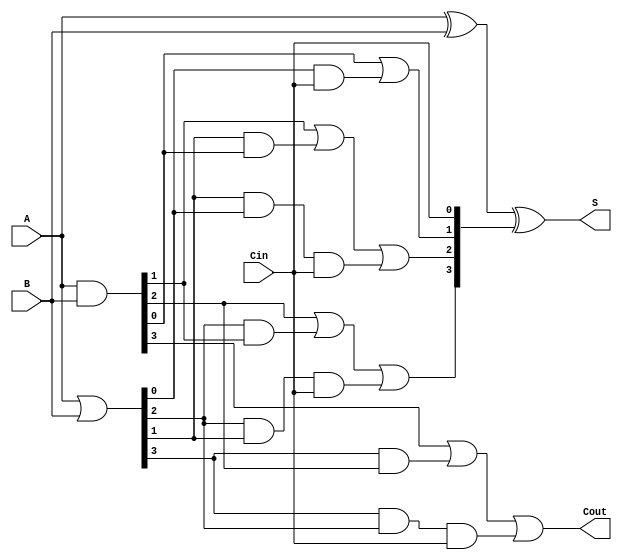
module CLA #(parameter n = 4) (
    input [n-1:0] A,      // n-bit input A
    input [n-1:0] B,      // n-bit input B
    input Cin,           // Carry-in
    output [n-1:0] S,    // n-bit Sum output
    output Cout          // Carry-out
);
  
    wire [n-1:0] G;      // Generate signals
    wire [n-1:0] P;      // Propagate signals
    wire [n:0] C;        // Carry signals (C[0] = Cin)

    // Generate and Propagate logic
    assign G = A & B;       // Generate: G[i] = A[i] AND B[i]
    assign P = A | B;       // Propagate: P[i] = A[i] OR B[i]

    // Carry signals computation
    assign C[0] = Cin;   // C[0] = Cin
    assign C[1] = G[0] | (P[0] & C[0]);  // C[1] = G[0] OR (P[0] AND C[0])
    
    genvar i;
    generate
        for (i = 1; i < n; i = i + 1) begin : carry_calc
            assign C[i+1] = G[i] | (P[i] & G[i-1]) | (P[i] & P[i-1] & C[0]);
        end
    endgenerate

    // Sum calculation
    assign S = A ^ B ^ C[n-1:0]; // S[i] = A[i] XOR B[i] XOR C[i]

    // Carry-out
    assign Cout = C[n];

endmodule